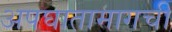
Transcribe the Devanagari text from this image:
अपघातामागची